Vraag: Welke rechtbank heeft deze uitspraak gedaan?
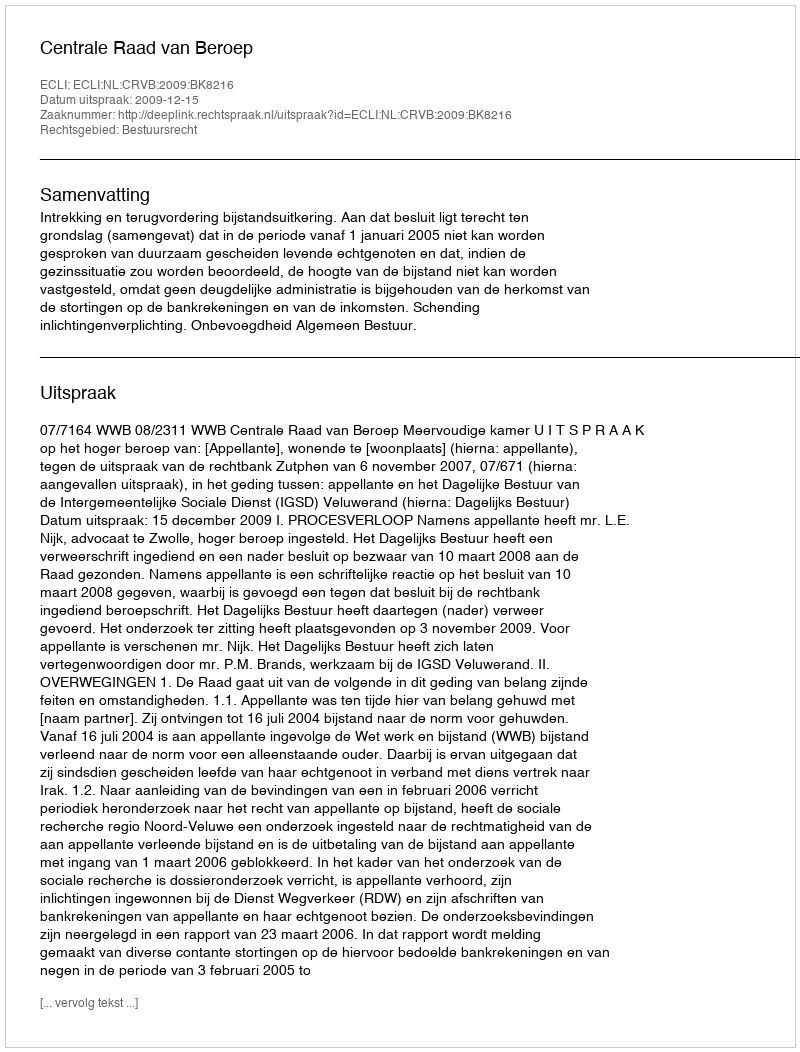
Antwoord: Centrale Raad van Beroep